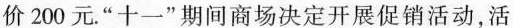
价200元。”十一”期间商场决定开展促销活动，活